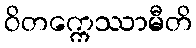
ဝိတက္ကေဿာမီတိ